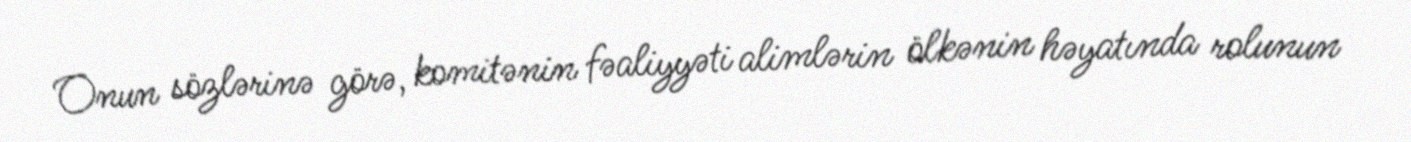
Onun sözlərinə görə, komitənin fəaliyyəti alimlərin ölkənin həyatında rolunun